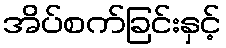
အိပ်စက်ခြင်းနှင့်